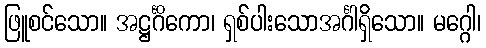
ဖြူစင်သော။ အဋ္ဌင်္ဂိကော၊ ရှစ်ပါးသောအင်္ဂါရှိသော။ မဂ္ဂေါ၊